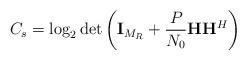
LaTeX: \begin{align*}C_s = \log_2 \det\left(\mathbf{I}_{M_R} + \frac{P}{N_0} \mathbf{H}\mathbf{H}^{H}\right)\end{align*}